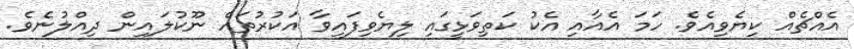
އެއްޗެއް ކިޔެވިއެވެ. ހަމަ އެއާއި އެކު ކަތިވަޅީގައި ލިޔެވިފައިވާ އަކުރުތައް ނޫކުލައިން ދިއްލުނެވެ.